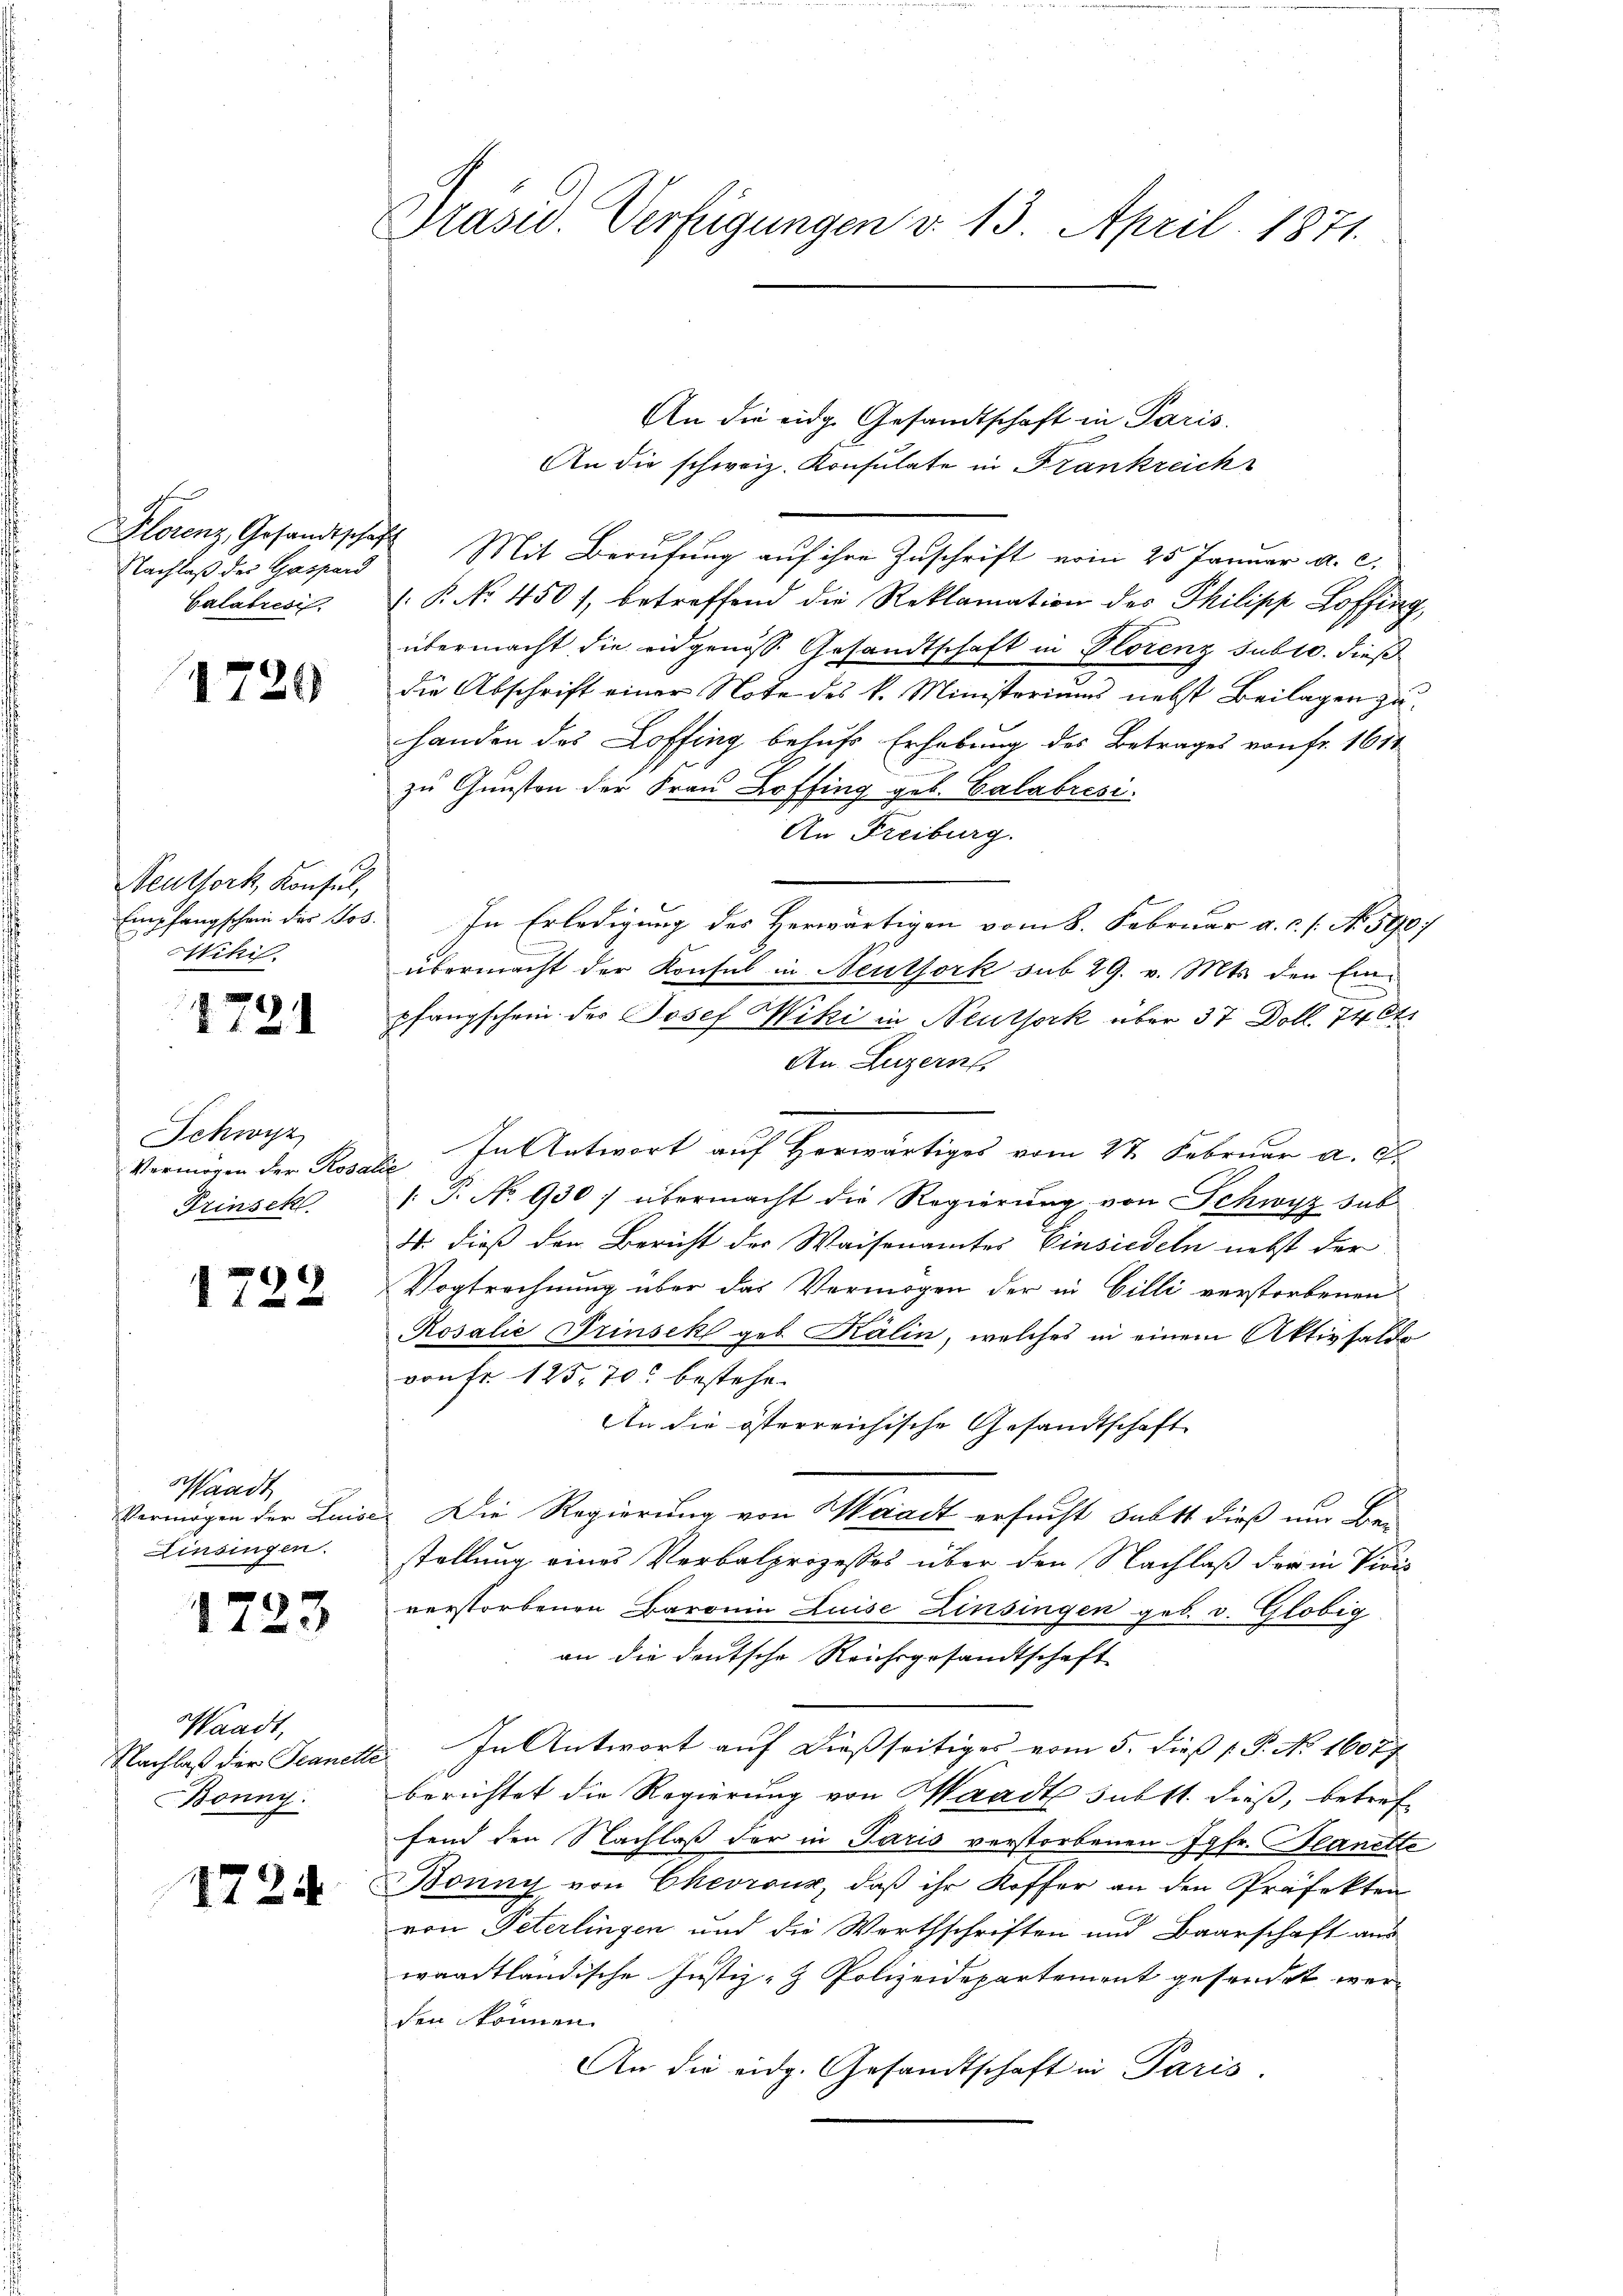
Nachlaß der Gaspard
Calabrésis.

1720

Neuthork, Konsul,
Empfangschein der Jos.
Nikil.

1721

Schwyz
Vermögen der Rosa
Frinschl

1722

Waadt
Vermögen der Luise
Einsingen.

1723

Waadt,
Nachlaß der Teanete
Bonny.

1724

Präsid. Verfügungen v. 13. April 1871.

An die eidg. Gesandtschaft in Paris
An die schweiz. Konsulate in Frankreich
Plorenz Gesandtschaft Mit Berufung auf ihre Zuschrift vom 25 Januar a. c.
/. P. No. 4501, betreffend die Reklamation des Philipp Hoffing,
übermacht die eidgenöss. Gesandtschaft in Florenz subro. dieß
die Abschrift einer Note des k. Ministeriums nebst Beilagen zuhanden das Loffing behufs Erhebung des Betrages von fr. 1611
zu Gunsten der Frau Loffing geb. Calabrési
An Freiburg.
In Erledigung des Herwärtigen vom 8. Februar a. c. s. N. 590)
übermacht der Konsul in Neutfork sub 29. v. Mts. den Einpfangschein des Josef Wiki in Neuthork über 37 Doll. 74 Ct.
An Luzern
 In Antwort auf Horwärtiges vom 27. Februar a. E.
[: P. No 930 übermacht die Regierung von Schwyz sub
4. dieß den Bericht der Waisenamtes Einsiedeln nebst der
Vogtrechnung über das Vermögen der in Cilli verstorbenen
Rosalie Trinsek geb. Kälin, welches in einem Aktivsaldo
von Fr. 125. 70 bestehe.
An die österreichische Gesandtschaft
Die Regierung von Waadt ersucht statt dieß um Bei
stellung eines Verbalprozesses über den Nachlaß der in Vivis
verstorbenen Baronia Luise Zinsingen geb. v. Globig
an die deutsche Reichsgesandtschaft
u. In Antwort auf dießseitiges vom 5. Dies P. No. 16077
berichtet die Regierung von Waadt subst. dieß, betreffend den Nachlaß der in Paris verstorbenen Jgfr. Planette
Bonny, von Chevroux, daß ihr Koffer an den Präfekten
von Peterlingen und die Werthschriften und Baarschaft aus
waadtländische Justiz- & Polizeidepartement gesendet werden können.
An die eidg. Gesandtschaft in Paris.